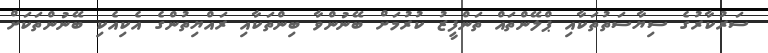
ސަރުކާރުގެ ސިޔާސަތުތަކާއި ޕްލޭންތައް ތަންފީޒު ކުރުމަށް ބޭނުންވާ ބިންތަކާއި ރައްޔިތުންގެ އެކިއެކި ބޭނުންތަކަށް